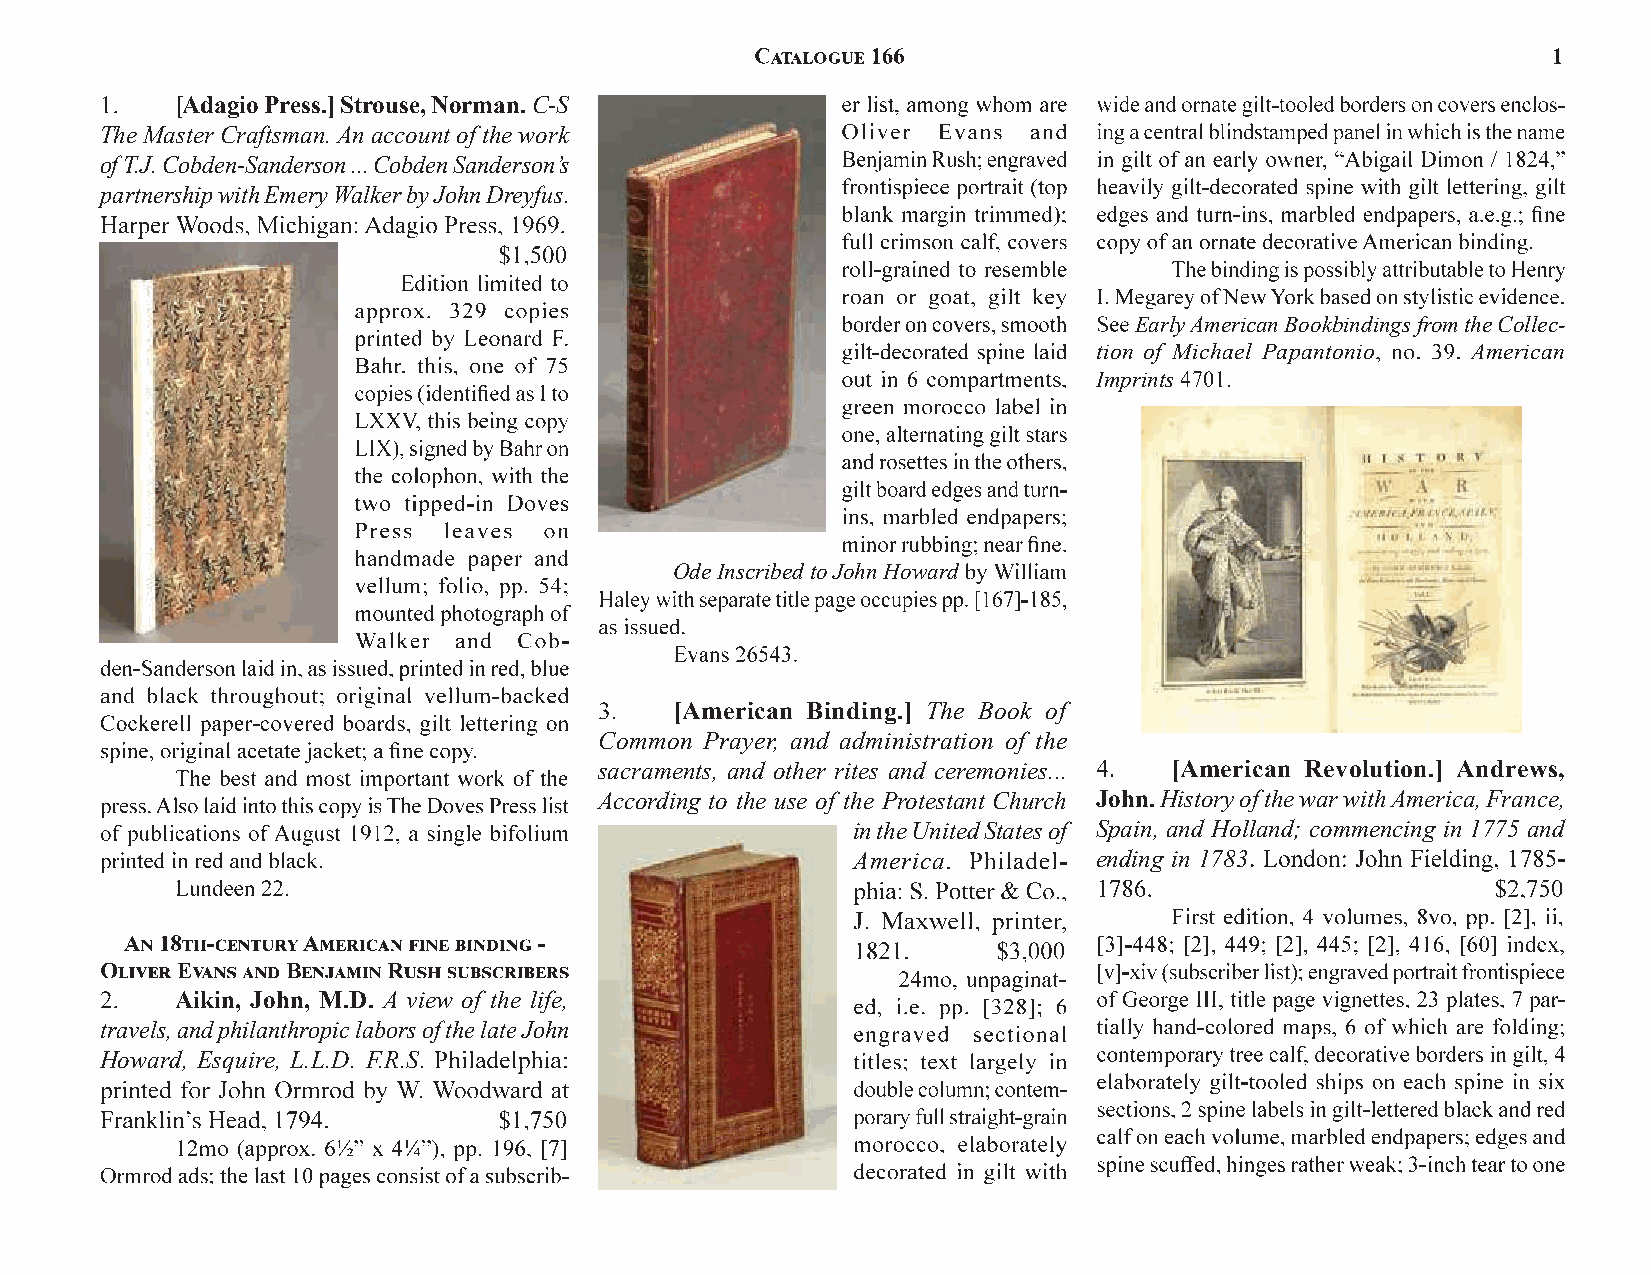
[Adagio Press.]Strouse, Norman.C-S
 The Master Craftsman. An account of the work
 of T.J. Cobden-Sanderson ... Cobden Sanderson’s
 partnership with Emery Walker by John Dreyfus
 Early American Bookbindings from the Collec-
 tion of Michael Papantonio American
 Imprints
 Ode Inscribed to John Howard
 [American Binding.] The Book of
 Common Prayer, and administration of the
 sacraments, and other rites and ceremonies... [American Revolution.] Andrews,
 According to the use of the Protestant Church John.History of the war with America, France,
 in the United States of Spain, and Holland; commencing in 1775 and
 America          ending in 1783
 Aikin, John, M.D. A view of the life,
 travels, and philanthropic labors of the late John
 Howard, Esquire, L.L.D. F.R.S